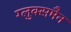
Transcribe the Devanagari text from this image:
ग्लुक्समैन